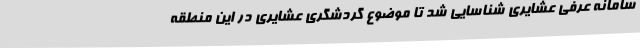
سامانه عرفی عشایری شناسایی شد تا موضوع گردشگری عشایری در این منطقه